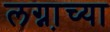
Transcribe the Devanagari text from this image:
लग्ना़च्या